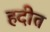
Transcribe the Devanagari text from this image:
हदीत